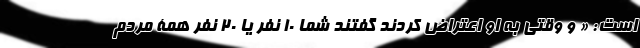
است: « و وقتی به او اعتراض کردند گفتند شما 10 نفر یا 20 نفر همۀ مردم